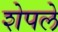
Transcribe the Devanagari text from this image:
शेपले